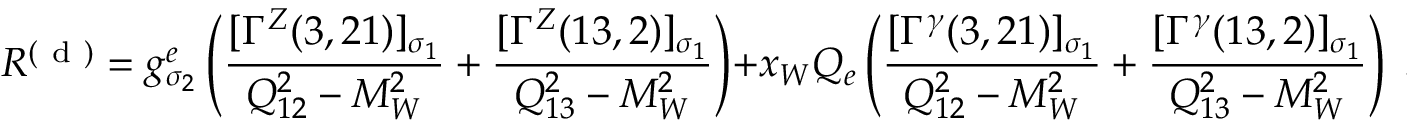
{ \cal R } ^ { ( \mathrm { ~ d ~ } ) } = g _ { \sigma _ { 2 } } ^ { e } \left( \frac { [ \Gamma ^ { Z } ( 3 , 2 1 ) ] _ { \sigma _ { 1 } } } { Q _ { 1 2 } ^ { 2 } - M _ { W } ^ { 2 } } + \frac { [ \Gamma ^ { Z } ( 1 3 , 2 ) ] _ { \sigma _ { 1 } } } { Q _ { 1 3 } ^ { 2 } - M _ { W } ^ { 2 } } \right) + x _ { W } Q _ { e } \left( \frac { [ \Gamma ^ { \gamma } ( 3 , 2 1 ) ] _ { \sigma _ { 1 } } } { Q _ { 1 2 } ^ { 2 } - M _ { W } ^ { 2 } } + \frac { [ \Gamma ^ { \gamma } ( 1 3 , 2 ) ] _ { \sigma _ { 1 } } } { Q _ { 1 3 } ^ { 2 } - M _ { W } ^ { 2 } } \right) \; .